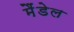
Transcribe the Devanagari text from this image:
मैंडेल